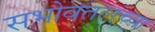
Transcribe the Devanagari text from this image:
सभोवतलच्या